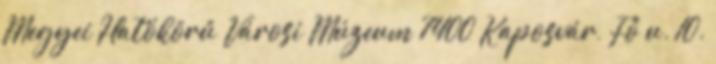
Megyei Hatókörű Városi Múzeum 7400 Kaposvár, Fő u. 10.